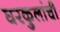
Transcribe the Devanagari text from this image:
घरकुलांची